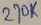
Text: 270K